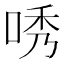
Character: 唀